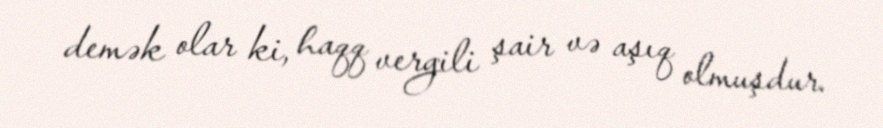
demək olar ki, haqq vergili şair və aşıq olmuşdur.